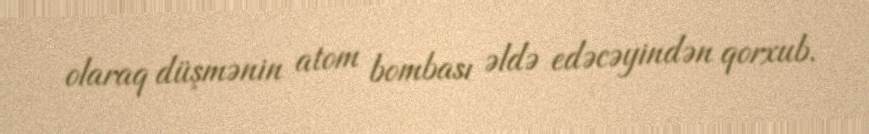
olaraq düşmənin atom bombası əldə edəcəyindən qorxub.